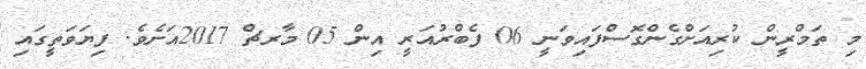
މި ތަމްރީން ކުރިއަށްގެންގޮސްފައިވަނީ 06 ފެބްރުއަރީ އިން 05 މާރޗް 2017އަށެވެ. ފިޔަވަތީގައި